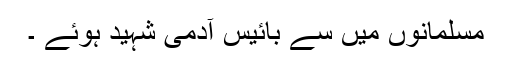
مسلمانوں میں سے بائیس آدمی شہید ہوئے ۔